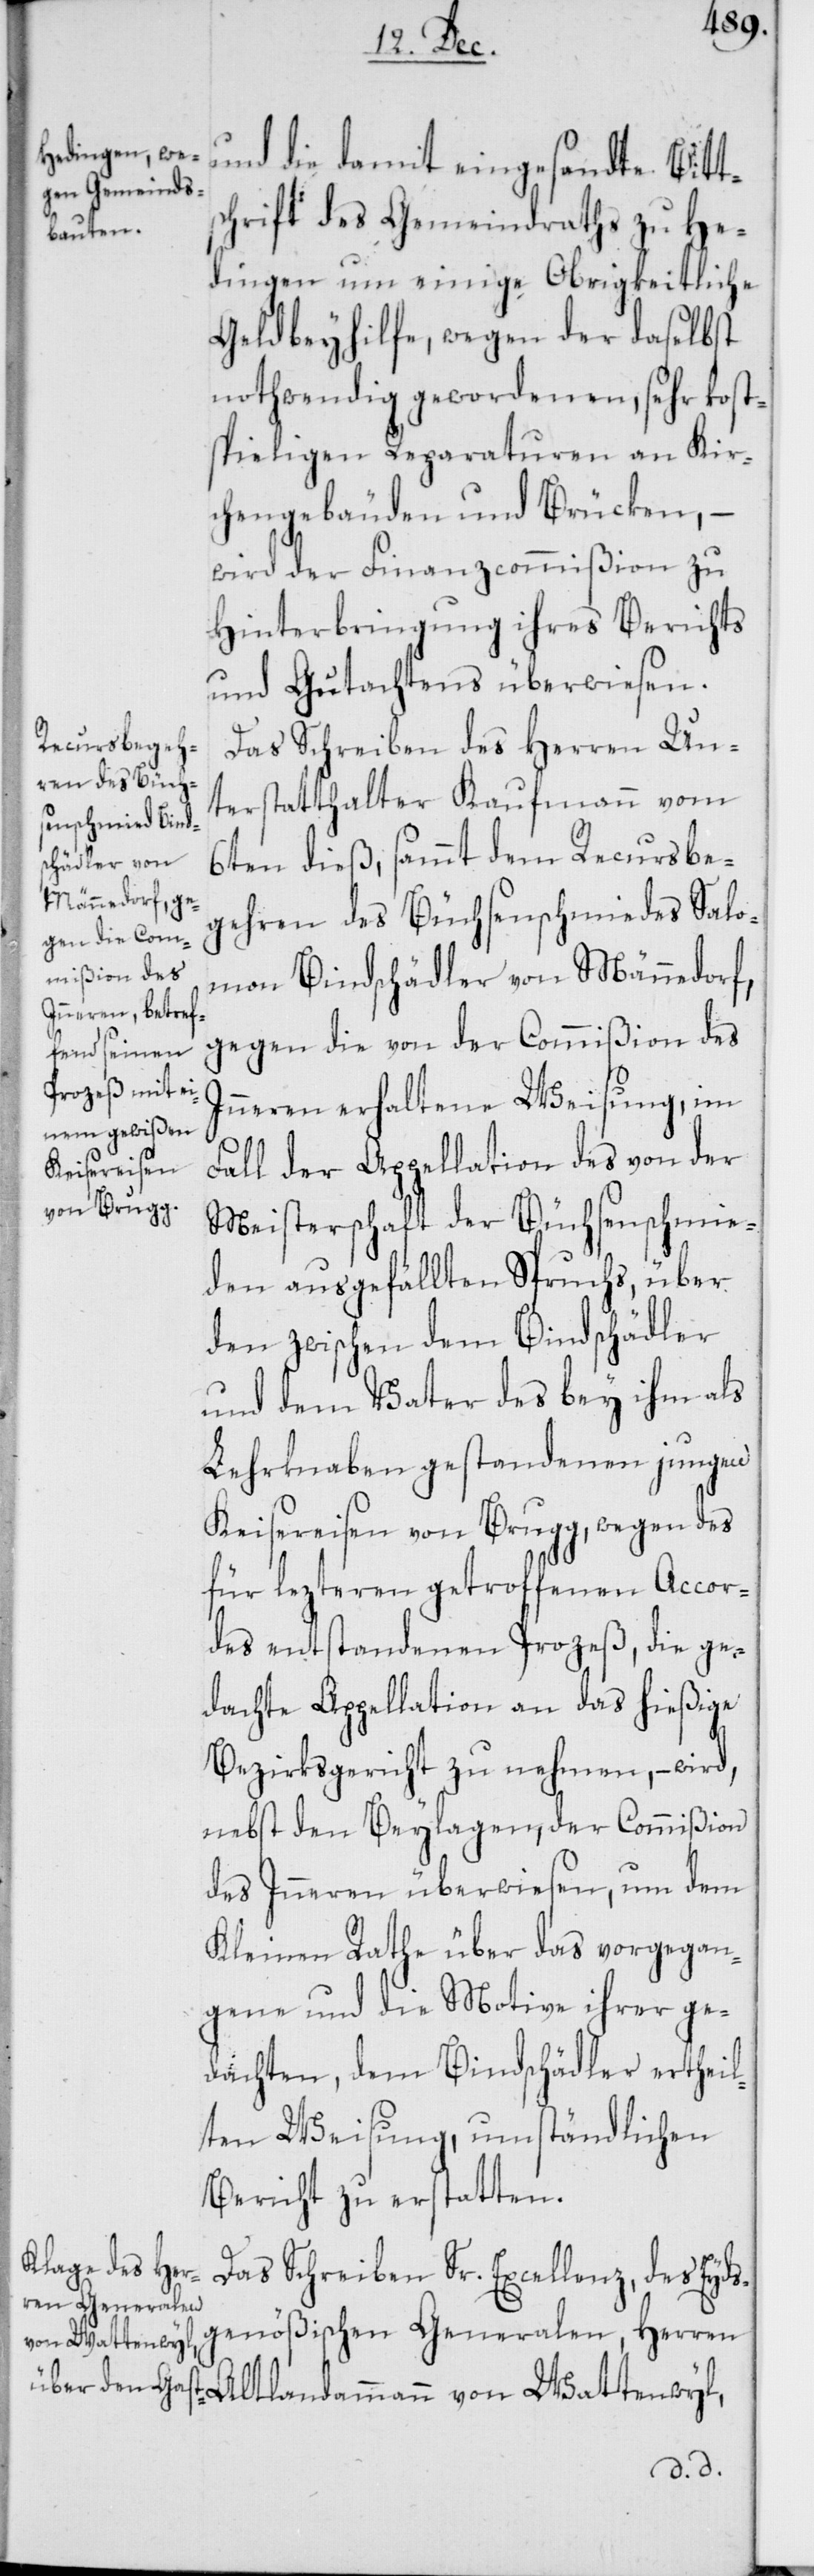
und die damit eingesandte Bitt¬
schrift des Gemeindraths zu He¬
dingen um einige Obrigkeitliche
Geldbeyhilfe, wegen der daselbst
nothwendig gewordenen, sehr kost¬
spieligen Reparaturen an Kir¬
chengebäuden und Brücken, –
wird der Finanzcommißion zu
Hinterbringung ihres Berichts
und Gutachtens überwiesen.
Das Schreiben des Herren Un¬
terstatthalter Kaufmann vom
6ten dieß, sammt dem Recursbe¬
gehren des Büchsenschmiedes Salo¬
mon Bindschädler von Männedorf,
gegen die von der Commißion des
Inneren erhaltene Weisung, im
Fall der Appellation des von der
Meisterschaft der Büchsenschmie¬
den ausgefällten Spruchs, über
den zwischen dem Bindschädler
und dem Vater des bey ihm als
Lehrknaben gestandenen jungen
Keisereisen von Brugg, wegen des
für lezteren getroffenen Accor¬
des entstandenen Prozeß, die ge¬
dachte Appellation an das hießige
Bezirksgericht zu nehmen, – wird,
nebst den Beylagen, der Commißion
des Inneren überwiesen, um dem
Kleinen Rathe über das vorgegan¬
gene und die Motive ihrer ge¬
dachten, dem Bindschädler ertheil¬
ten Weisung, umständlichen
Bericht zu erstatten.
Das Schreiben Sr. Excellenz, des Eyds¬
genößischen Generalen, Herren
Altlandammann von Wattenwyl,